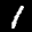
Label: 1